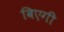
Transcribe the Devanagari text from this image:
बिएगी